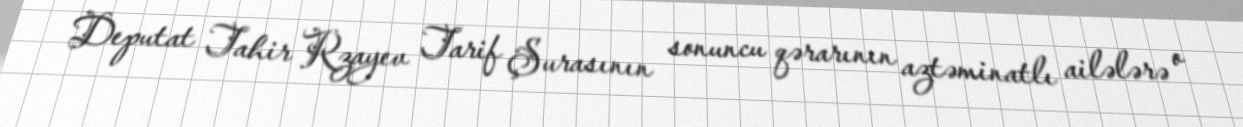
Deputat Tahir Rzayev Tarif Şurasının sonuncu qərarının aztəminatlı ailələrə o